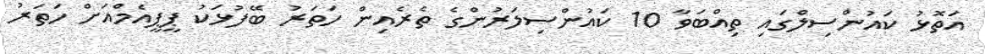
އަތޮޅު ކައުންސިލްގައި ތިއްބަވާ 10 ކައުންސިލަރުންގެ ތެރެއިން ހަތަރު ބޭފުޅަކު ޕީޕީއެމްއަށް ހަތަރު